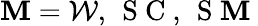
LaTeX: \mathbf{M}=\mathcal{{W}},\, \mathrm{{~S~C~}},\, \mathrm{{~S~\mathbf{M}~}}